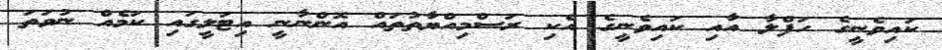
ކައިވެނީގެ ހަފްލާ އާއި ކައިވެނީގެ އެކި ރަސްމިއްޔާތުތައް އޮންނާނީ އިޓަލީގައި ކަމެއް ނުވަތަ